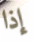
إذا